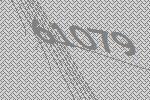
61079